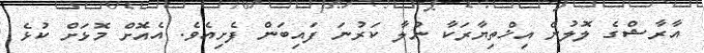
އާރާޝްގެ ލޮލުން އިޚްތިޔާރަކާ ނުލާ ކަރުނަ ފައިބަން ފެށިއެވެ. އެއޮށް މޮޅަށް ކުޅެ